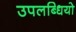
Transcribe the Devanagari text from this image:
उपलब्धियो